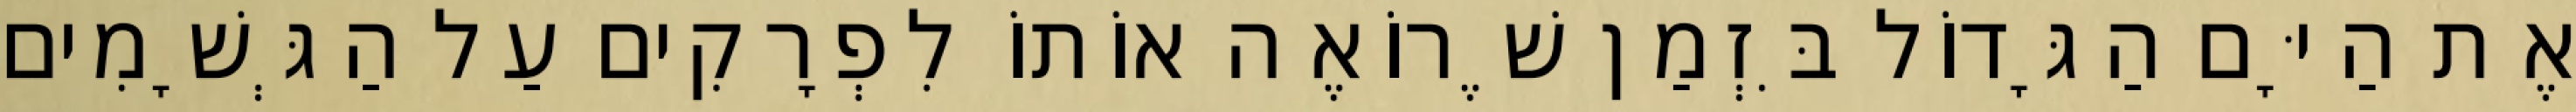
אֶת הַיָּם הַגָּדוֹל בִּזְמַן שֶׁרוֹאֶה אוֹתוֹ לִפְרָקִים עַל הַגְּשָׁמִים